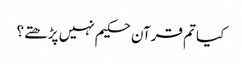
کیا تم قرآن حکیم نہیں پڑھتے؟